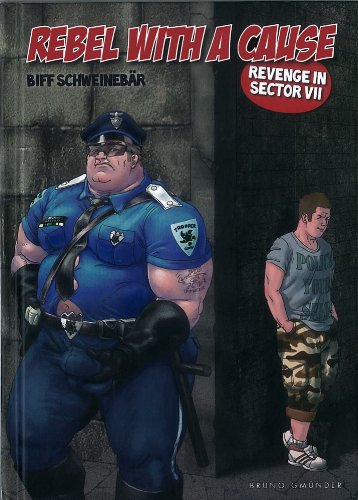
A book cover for Rebel with a Cause: Revenge in Sector 7; Biff Schweinebar; Comics & Graphic Novels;